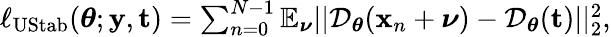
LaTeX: \begin{array}{r}{\ell_{\mathrm{UStab}}(\boldsymbol{\theta};\mathbf y,\mathbf t)=\sum_{n=0}^{N-1}\mathbb{E}_{\boldsymbol\nu}||\mathcal{D}_{\boldsymbol{\theta}}(\mathbf{x}_{n}+\boldsymbol\nu)-\mathcal{D}_{\boldsymbol{\theta}}(\mathbf t)||_{2}^{2},}\end{array}